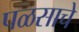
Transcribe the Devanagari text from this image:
पळसाचे